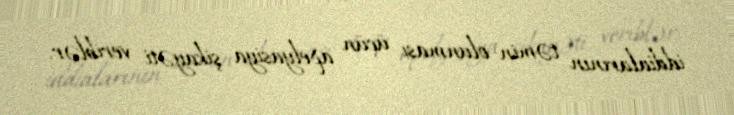
iddialarının təmin olunması üçün apelyasiya şikayəti veriblər.